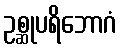
ဥစ္ဆုပရိဘောဂံ